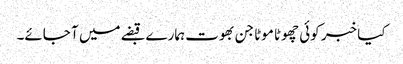
کیا خبر کوئی چھوٹا موٹا جن بھوت ہمارے قبضے میں آ جائے۔